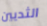
الثديين